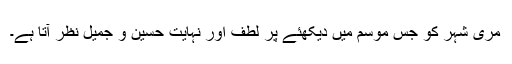
مری شہر کو جس موسم میں دیکھئے پر لطف اور نہایت حسین و جمیل نظر آتا ہے۔